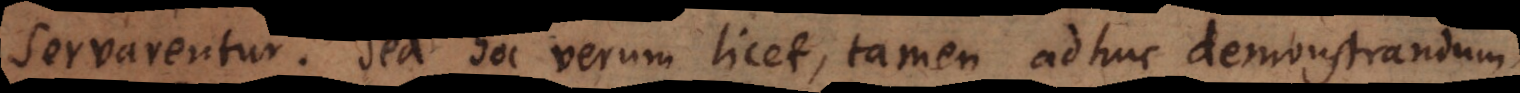
servarentur; sed hoc verum licet, tamen adhuc demonstrandum